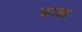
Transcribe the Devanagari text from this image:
ढाळ